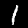
Digit: 1